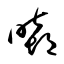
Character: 暿